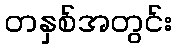
တနှစ်အတွင်း